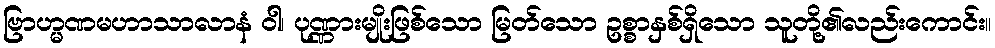
ဗြာဟ္မဏမဟာသာလာနံ ဝါ၊ ပုဏ္ဏားမျိုးဖြစ်သော မြတ်သော ဥစ္စာနှစ်ရှိသော သူတို့၏လည်းကောင်း။